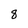
Character: 8